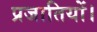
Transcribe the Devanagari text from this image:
प्रजातियों।